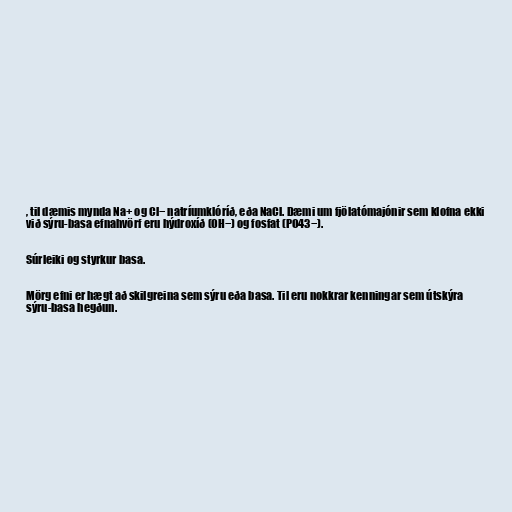
, til dæmis mynda Na+ og Cl− natríumklóríð, eða NaCl. Dæmi um fjölatómajónir sem klofna ekki
við sýru-basa efnahvörf eru hýdroxíð (OH−) og fosfat (PO43−).

Súrleiki og styrkur basa.

Mörg efni er hægt að skilgreina sem sýru eða basa. Til eru nokkrar kenningar sem útskýra
sýru-basa hegðun.